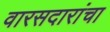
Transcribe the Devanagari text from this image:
वारसदारांचा